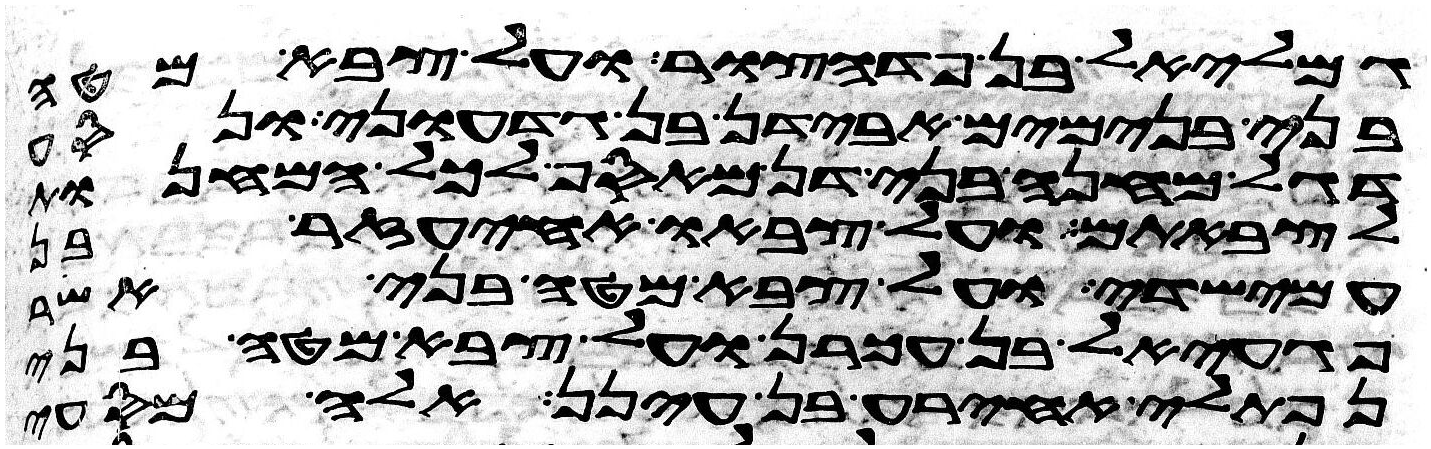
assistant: גמלאל בן פדהצור ועל צבא מטה
בני בנימים אבידן בן גדעוני ונסע
דגל מחנה בני דן מאסף לכל המחנות
לצבאתם ועל צבאו אחיעזר בן
עמישדי ועל צבא מטה בני אשר
פגעאל בן עכרן ועל צבא מטה בני
נפתלי אחירע בן עינן אלה מסעי